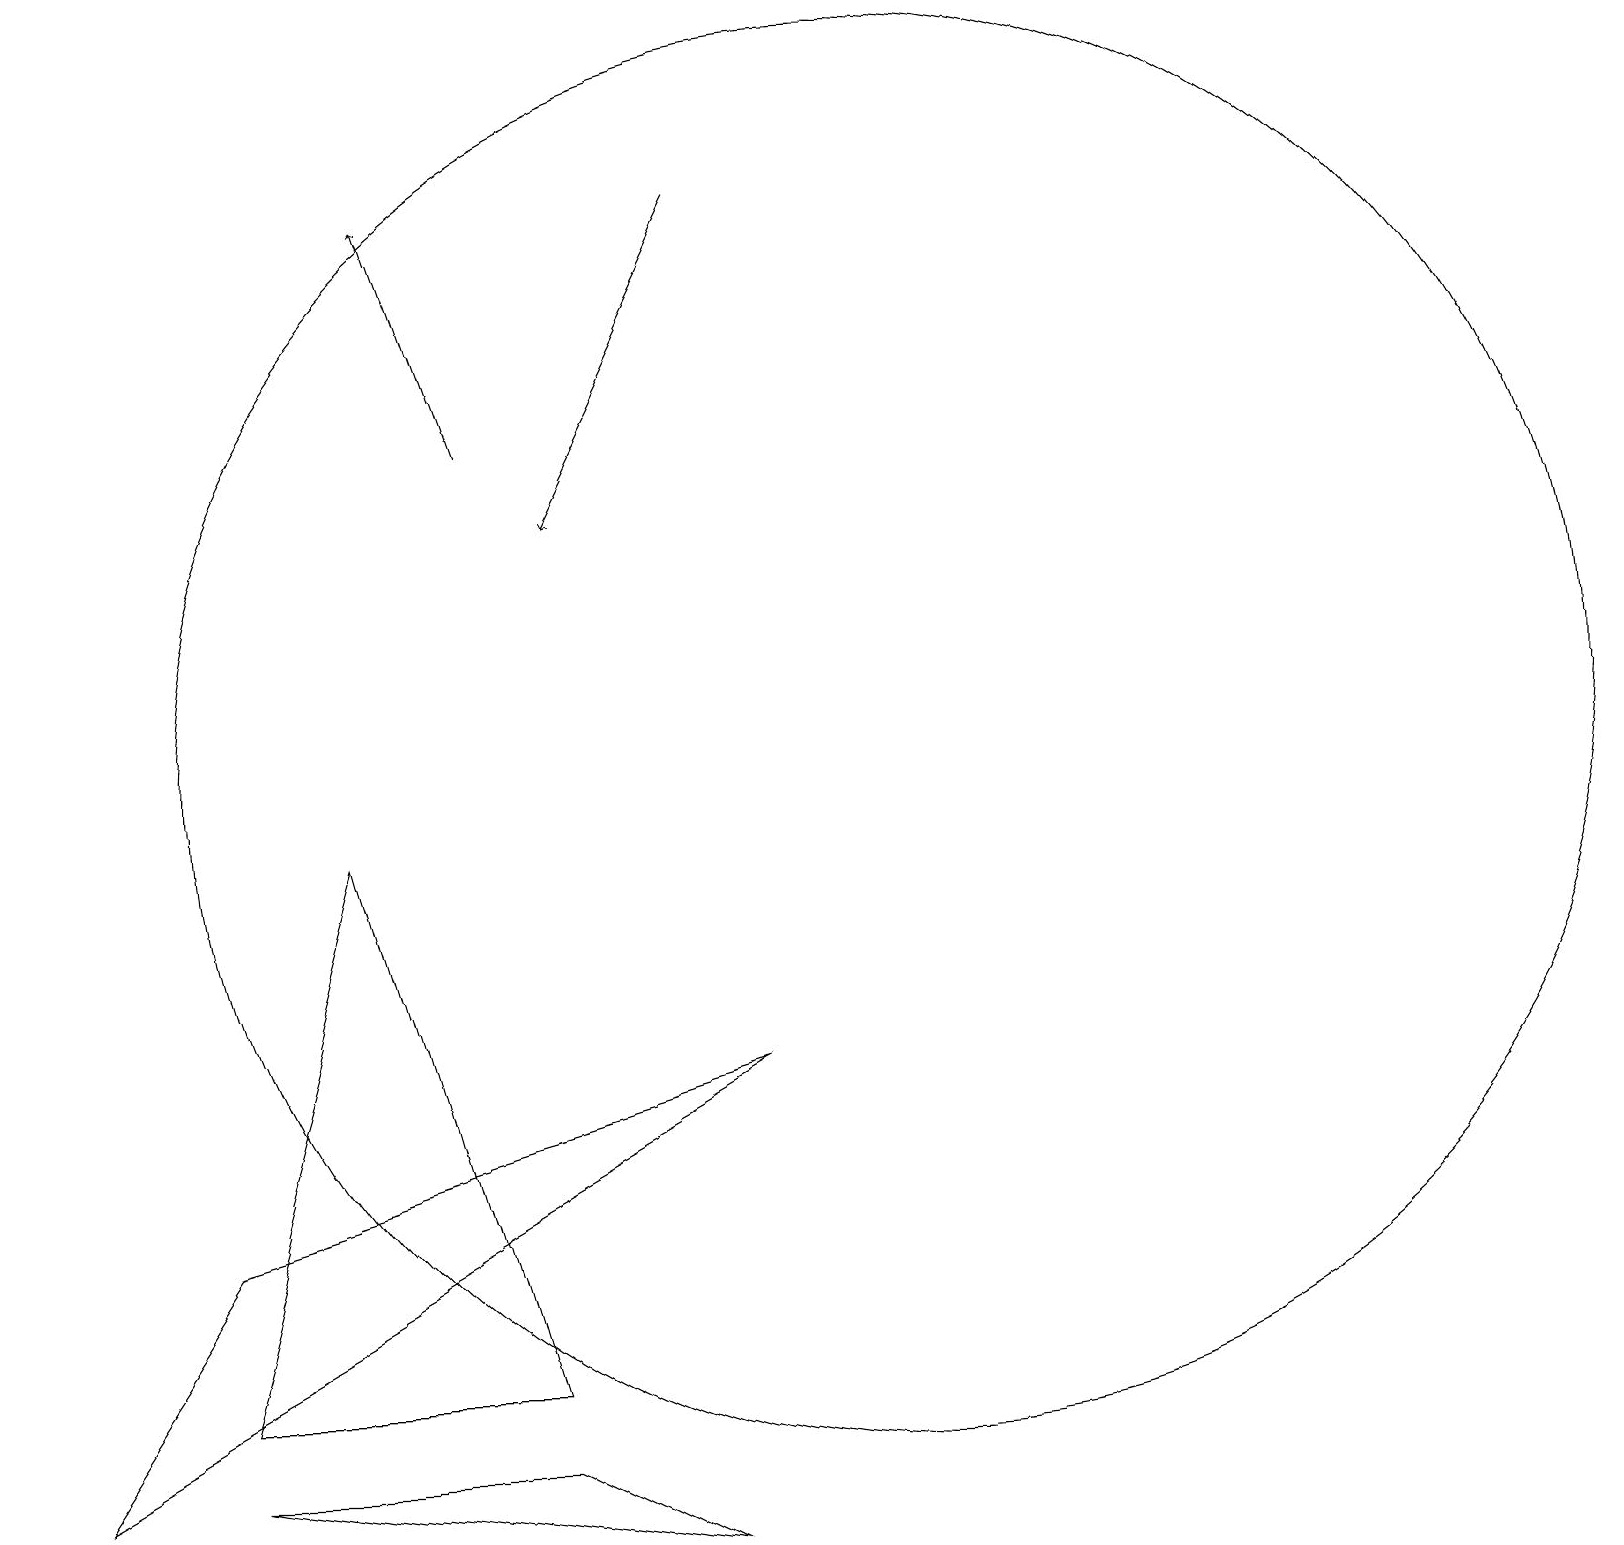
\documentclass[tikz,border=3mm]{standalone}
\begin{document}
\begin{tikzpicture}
\draw (11,10) circle (9);
\draw[->] (6,14) -- (5,17);
\draw[->] (9,17) -- (7,13);
\draw (9,6) -- (0,1) -- (2,4) -- cycle;
\draw (6,2) -- (2,2) -- (4,9) -- cycle;
\draw (6,1) -- (2,1) -- (8,0) -- cycle;
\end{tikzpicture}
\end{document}